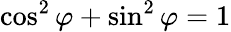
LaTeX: \cos^{2}\varphi+\sin^{2}\varphi=1